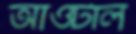
আওটাল